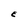
Character: E